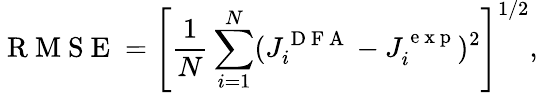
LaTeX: \mathrm{~R~M~S~E~}=\left[\frac{1}{N}\sum_{i=1}^{N}(J_{i}^{\mathrm{~D~F~A~}}-J_{i}^{\mathrm{~e~x~p~}})^{2}\right]^{1/2},